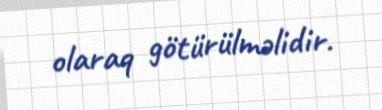
olaraq götürülməlidir.